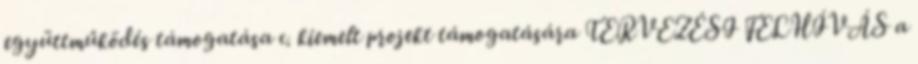
együttműködés támogatása c. kiemelt projekt támogatására TERVEZÉSI FELHÍVÁS a